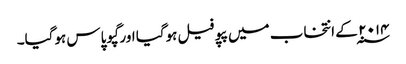
۲۰۱۴ ؁ کے انتخاب میں پپو فیل ہوگیا اور گپو پاس ہوگیا۔